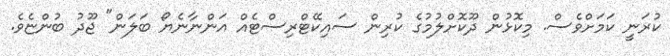
ކުރަނީ ކަމަށްވެސް. މިކޮޅުން ދޫކޮށްލުމުގެ ކުރިން ސައިކޭޓްރިސްޓެއް އަންނާނެޔޯ ބަލަން" ޖޫދު ބުންޏެވެ.